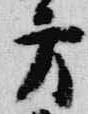
方